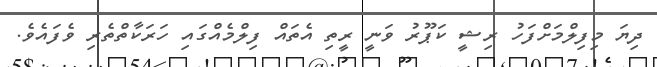
ދިޔަ މިފިލްމަށްފަހު ރިޝީ ކަޕޫރު ވަނީ ރީތި އެތައް ފިލްމެއްގައި ހަރަކާތްތެރި ވެފައެވެ.